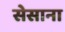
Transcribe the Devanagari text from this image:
सेसाना